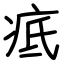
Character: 疷